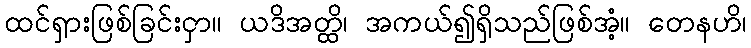
ထင်ရှားဖြစ်ခြင်းငှာ။ ယဒိအတ္ထိ၊ အကယ်၍ရှိသည်ဖြစ်အံ့။ တေနဟိ၊